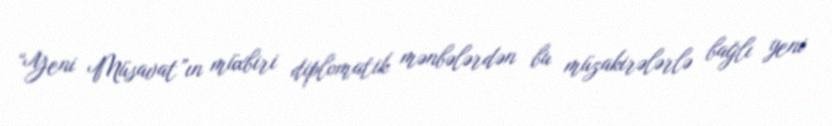
“Yeni Müsavat”ın müxbiri diplomatik mənbələrdən bu müzakirələrlə bağlı yeni